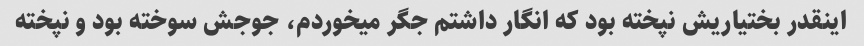
اینقدر بختیاریش نپخته بود که انگار داشتم جگر میخوردم، جوجش سوخته بود و نپخته